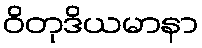
ဝိတုဒိယမာနာ